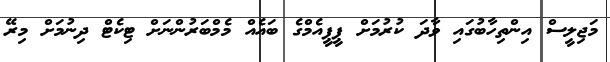
މަޖިލީސް އިންތިހާބުގައި ވާދަ ކުރުމަށް ޕީޕީއެމްގެ ބައެއް މެމްބަރުންނަށް ޓިކެޓް ދިނުމަށް މިރޭ